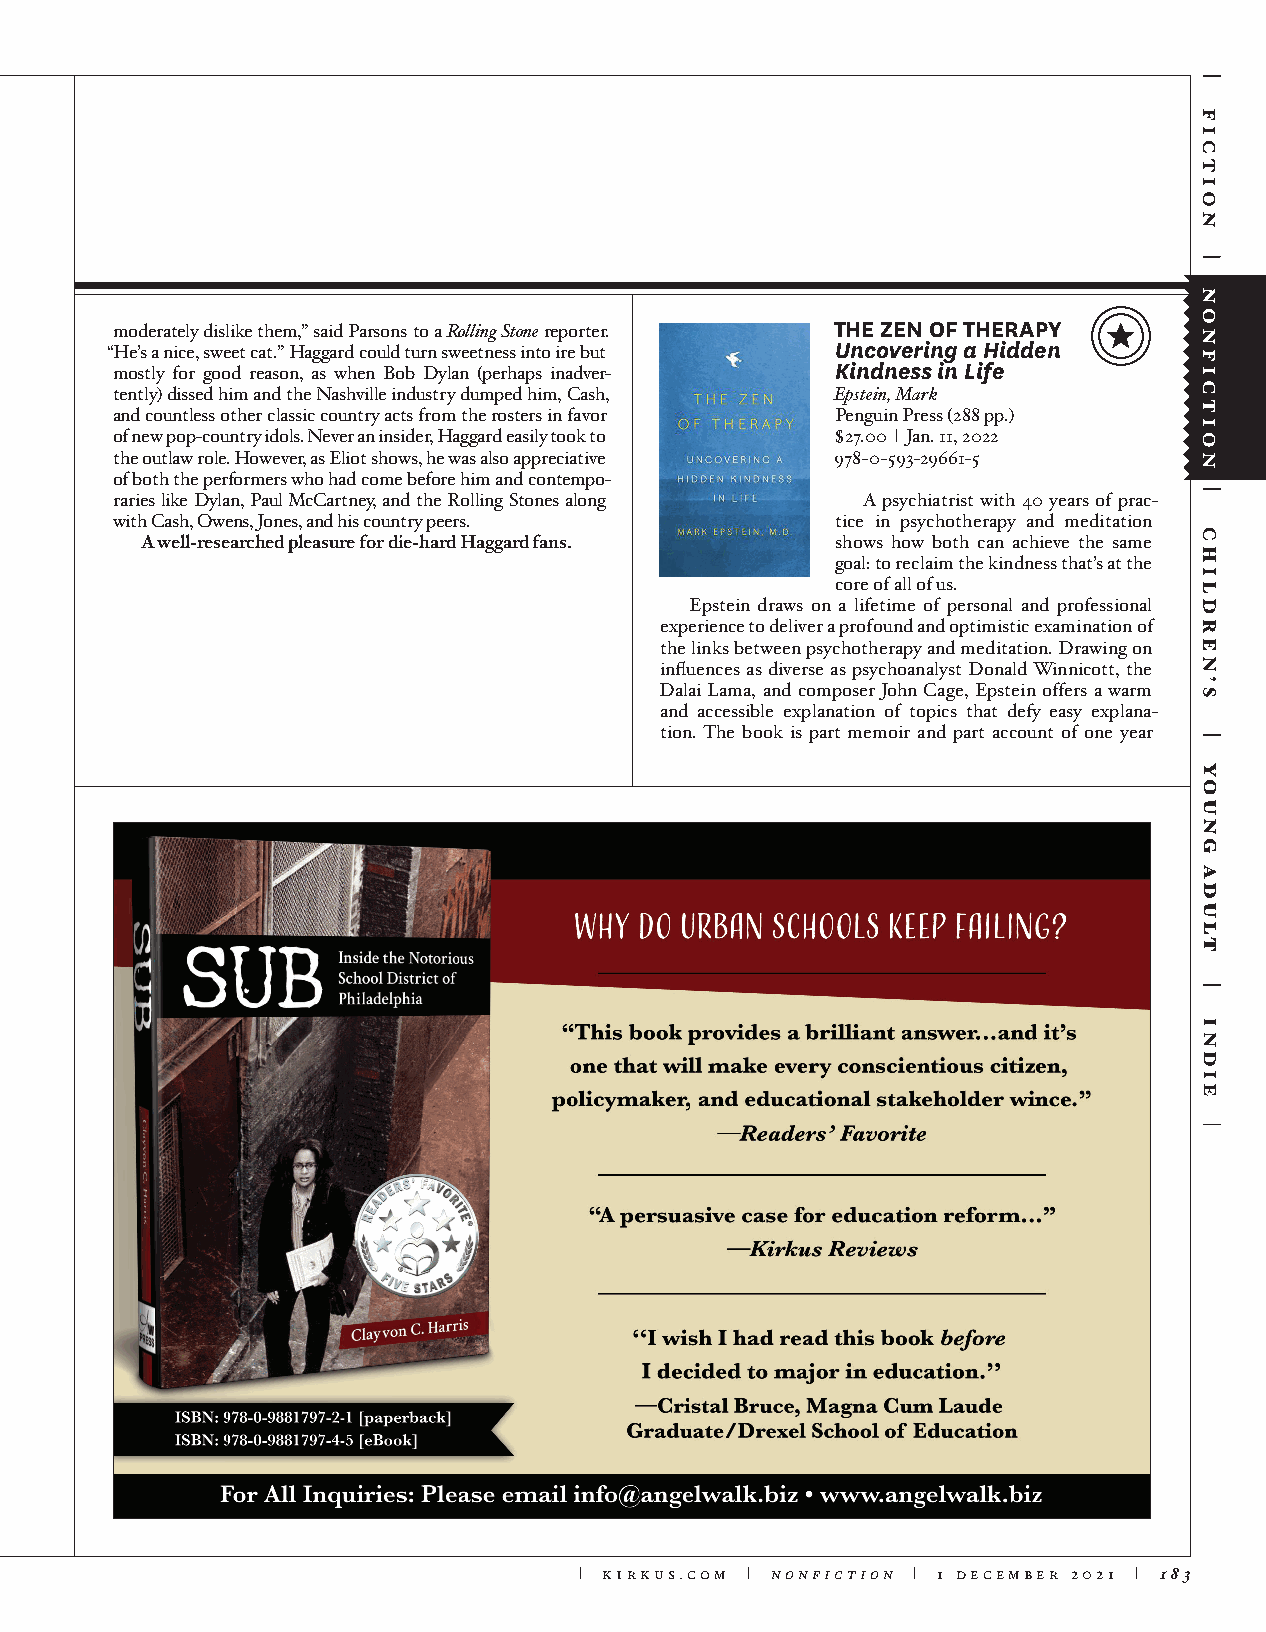
moderately dislike them,” said Parsons to a Rolling Stone reporter. THE ZEN OF THERAPY
 “He’s a nice, sweet cat.” Haggard could turn sweetness into ire but Uncovering a Hidden
 mostly for good reason, as when Bob Dylan (perhaps inadver- Kindness in Life
 tently) dissed him and the Nashville industry dumped him, Cash, Epstein, Mark
 and countless other classic country acts from the rosters in favor Penguin Press (288 pp.)
 of new pop-country idols. Never an insider, Haggard easily took to $27.00 | Jan. 11, 2022
 the outlaw role. However, as Eliot shows, he was also appreciative 978-0-593-29661-5
 of both the performers who had come before him and contempo-
 raries like Dylan, Paul McCartney, and the Rolling Stones along A psychiatrist with 40 years of prac-
 with Cash, Owens, Jones, and his country peers. tice in psychotherapy and meditation
 A well-researched pleasure for die-hard Haggard fans. shows how both can achieve the same
 goal: to reclaim the kindness that’s at the
 core of all of us.
 Epstein draws on a lifetime of personal and professional
 experience to deliver a profound and optimistic examination of
 the links between psychotherapy and meditation. Drawing on
 influences as diverse as psychoanalyst Donald Winnicott, the
 Dalai Lama, and composer John Cage, Epstein offers a warm
 and accessible explanation of topics that defy easy explana-
 tion. The book is part memoir and part account of one year
 | kirkus.com | nonfiction | 1 december 2021 | 183
 young
 adult